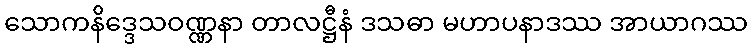
သောကနိဒ္ဒေသဝဏ္ဏနာ တာလဋ္ဌီနံ ဒသဓာ မဟာပနာဒဿ အာယာဂဿ